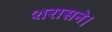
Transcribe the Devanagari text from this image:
शरासने।